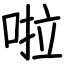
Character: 啦